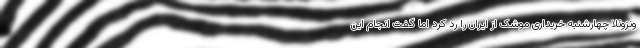
ونزوئلا چهارشنبه خریداری موشک از ایران را رد کرد اما گفت انجام این